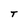
Character: T